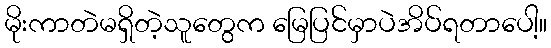
မိုးကာတဲမရှိတဲ့သူတွေက မြေပြင်မှာပဲအိပ်ရတာပေါ့။